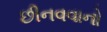
છીનવવાનો